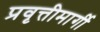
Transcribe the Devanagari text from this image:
प्रवृत्तीमार्गी